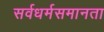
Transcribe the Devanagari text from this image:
सर्वधर्मसमानता